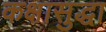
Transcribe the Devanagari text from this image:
कक्षासुद्धा